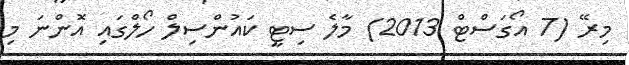
މިރޭ (7 އޯގަސްޓް 2013) މާލެ ސިޓީ ކައުންސިލް ހޯލްގައި އޮަންނަ މި